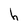
Character: h